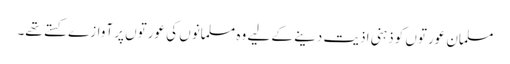
مسلمان عورتوں کو ذہنی اذیت دینے کے لیے وہ مسلمانوں کی عورتوں پر آوازے کستے تھے۔